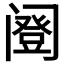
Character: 𬮹